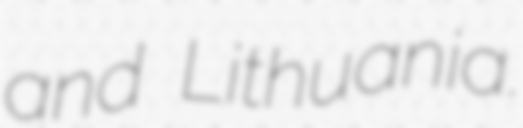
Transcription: and Lithuania.